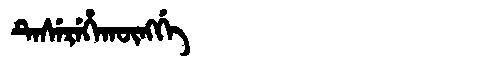
Manchu: ᡨᡝᠰᡝᡵᡝᡥᠠᡴᡡᠩᡤᡝ
Romanization: TESEREHAKŪNGGE